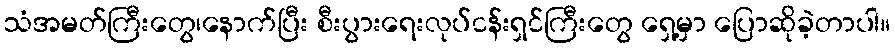
သံအမတ်ကြီးတွေ၊နောက်ပြီး စီးပွားရေးလုပ်ငန်းရှင်ကြီးတွေ ရှေ့မှာ ပြောဆိုခဲ့တာပါ။